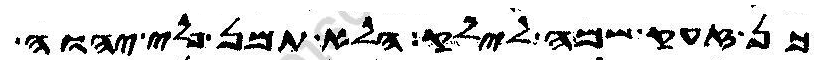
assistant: כן זעק שמה לילק הלא תמן פלי יהוה